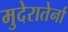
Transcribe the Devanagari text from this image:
मुदेरातेर्ना